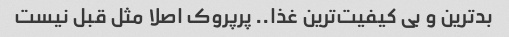
بدترین و بى کیفیت‌ترین غذا.. پرپروک اصلا مثل قبل نیست